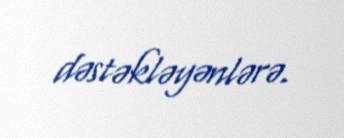
dəstəkləyənlərə.